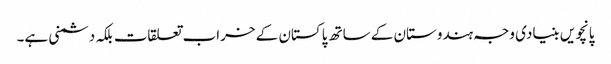
پانچویں بنیادی وجہ ہندوستان کے ساتھ پاکستان کے خراب تعلقات بلکہ دشمنی ہے۔